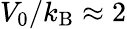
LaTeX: V_{0}/k_{\textrm{B}}\approx 2